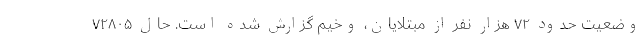
وضعیت حدود ۷۲ هزار نفر از مبتلایان، وخیم گزارش شده است. حال ۷۲۸۰۵